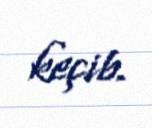
keçib.